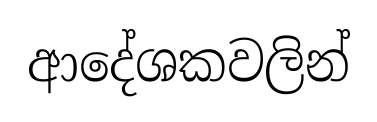
ආදේශකවලින්